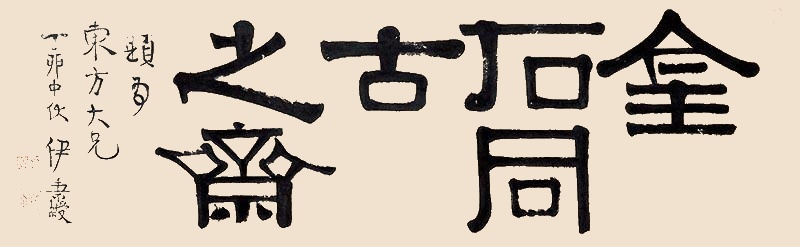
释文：金石同古之斋题为东方大兄、丁卯中伏、伊秉绶。